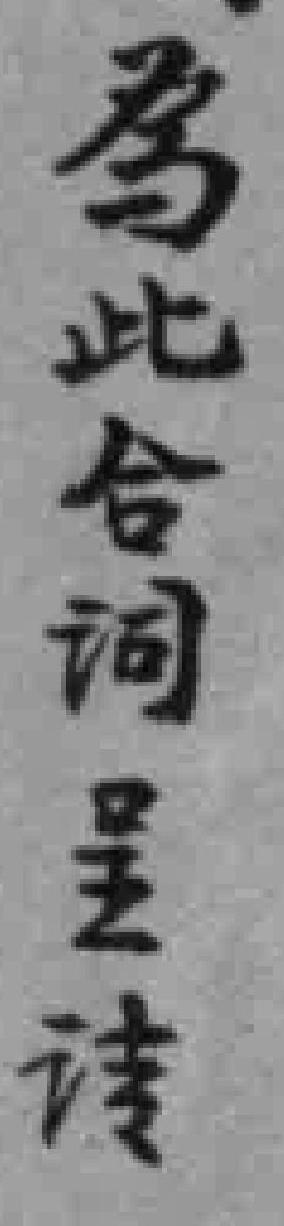
為此合词呈请